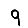
Digit: 9